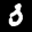
Label: 3